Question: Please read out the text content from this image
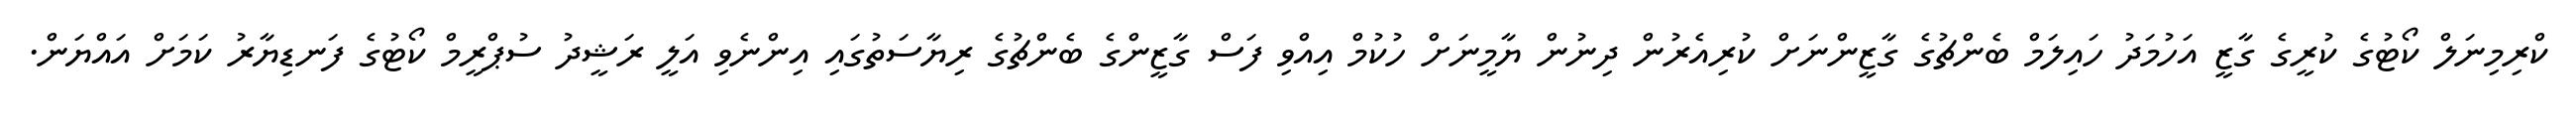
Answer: ކްރިމިނަލް ކޯޓުގެ ކުރީގެ ގާޒީ އަހުމަދު ހައިލަމް ބެންޗުގެ ގާޒީންނަށް ކުރިއެރުން ދިނުން ޔާމީނަށް ހުކުމް އިއްވި ފަސް ގާޒީންގެ ބެންޗުގެ ރިޔާސަތުގައި އިންނެވި އަލީ ރަޝީދު ސުޕްރީމް ކޯޓުގެ ފަނޑިޔާރު ކަމަށް އައްޔަން.